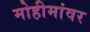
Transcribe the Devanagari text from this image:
मोहीमांवर